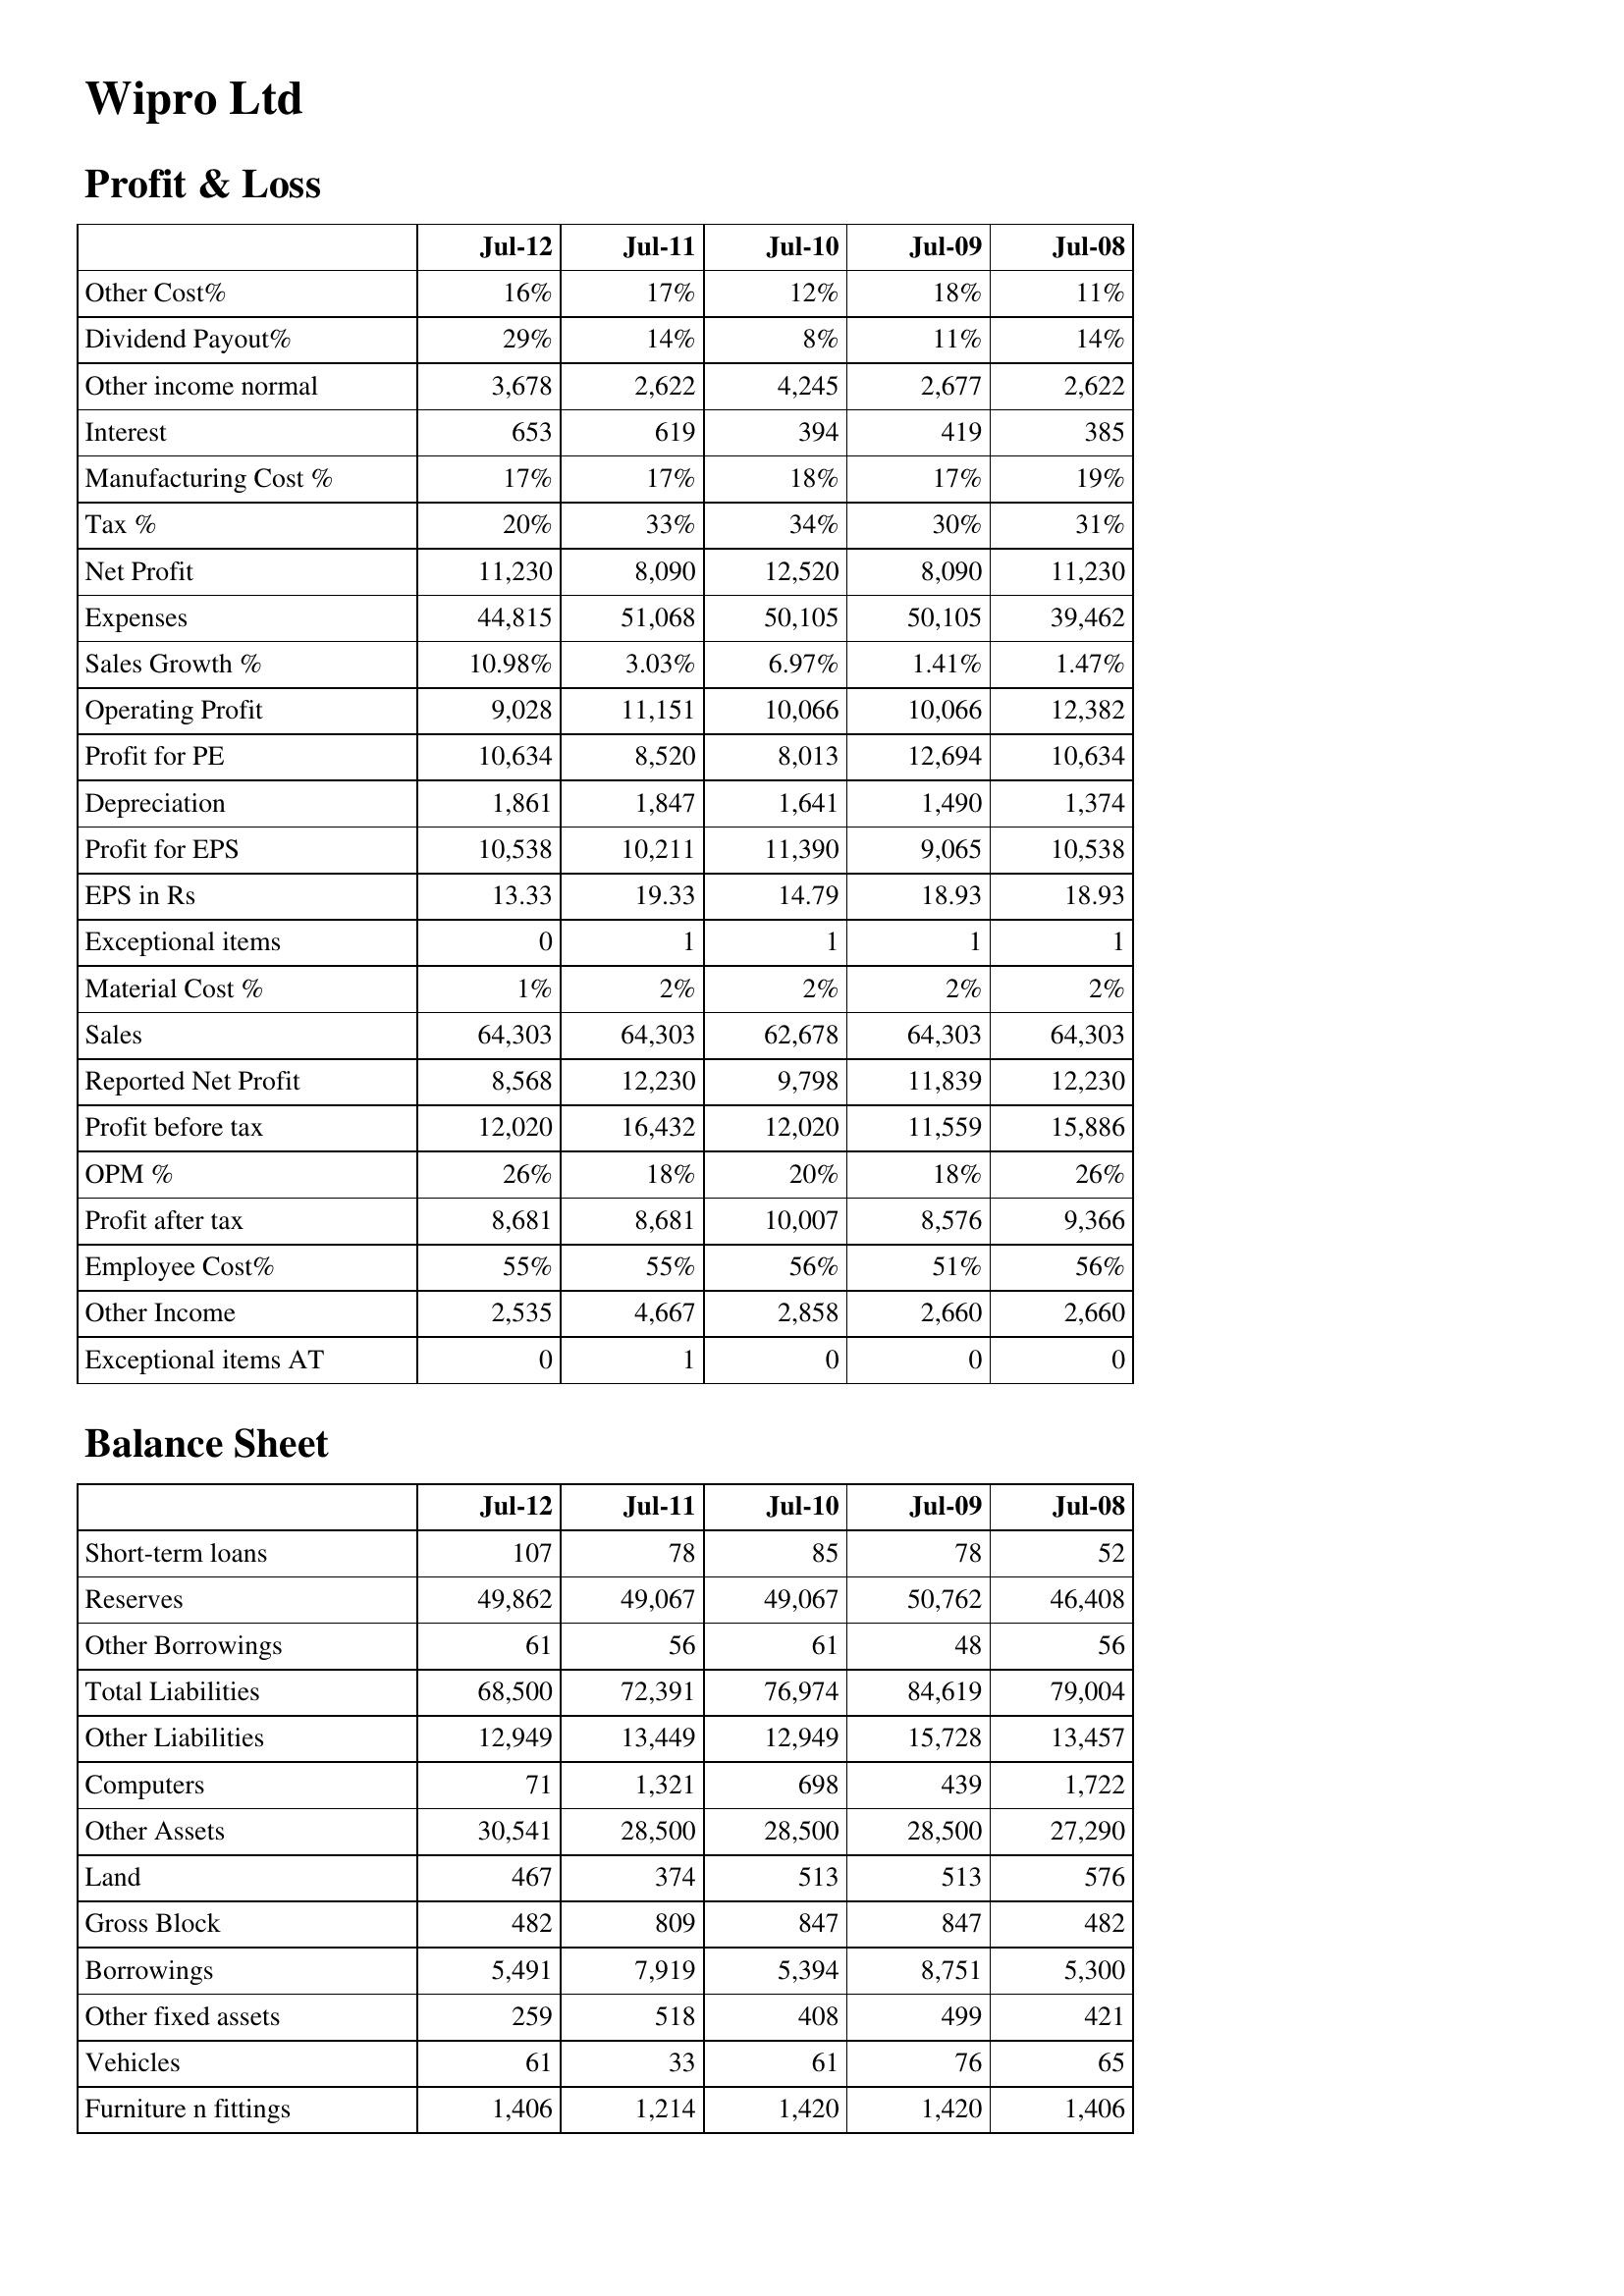
Jul-12: Profit & Loss: Other Cost%: 16%
Dividend Payout%: 29%
Other income normal: 3,678
Interest: 653
Manufacturing Cost %: 17%
Tax %: 20%
Net Profit: 11,230
Expenses: 44,815
Sales Growth %: 10.98%
Operating Profit: 9,028
Profit for PE: 10,634
Depreciation: 1,861
Profit for EPS: 10,538
EPS in Rs: 13.33
Exceptional items: 0
Material Cost %: 1%
Sales: 64,303
Reported Net Profit: 8,568
Profit before tax: 12,020
OPM %: 26%
Profit after tax: 8,681
Employee Cost%: 55%
Other Income: 2,535
Exceptional items AT: 0
Balance Sheet: Short-term loans: 107
Reserves: 49,862
Other Borrowings: 61
Total Liabilities: 68,500
Other Liabilities: 12,949
Computers: 71
Other Assets: 30,541
Land: 467
Gross Block: 482
Borrowings: 5,491
Other fixed assets: 259
Vehicles: 61
Furniture n fittings: 1,406
Jul-11: Profit & Loss: Other Cost%: 17%
Dividend Payout%: 14%
Other income normal: 2,622
Interest: 619
Manufacturing Cost %: 17%
Tax %: 33%
Net Profit: 8,090
Expenses: 51,068
Sales Growth %: 3.03%
Operating Profit: 11,151
Profit for PE: 8,520
Depreciation: 1,847
Profit for EPS: 10,211
EPS in Rs: 19.33
Exceptional items: 1
Material Cost %: 2%
Sales: 64,303
Reported Net Profit: 12,230
Profit before tax: 16,432
OPM %: 18%
Profit after tax: 8,681
Employee Cost%: 55%
Other Income: 4,667
Exceptional items AT: 1
Balance Sheet: Short-term loans: 78
Reserves: 49,067
Other Borrowings: 56
Total Liabilities: 72,391
Other Liabilities: 13,449
Computers: 1,321
Other Assets: 28,500
Land: 374
Gross Block: 809
Borrowings: 7,919
Other fixed assets: 518
Vehicles: 33
Furniture n fittings: 1,214
Jul-10: Profit & Loss: Other Cost%: 12%
Dividend Payout%: 8%
Other income normal: 4,245
Interest: 394
Manufacturing Cost %: 18%
Tax %: 34%
Net Profit: 12,520
Expenses: 50,105
Sales Growth %: 6.97%
Operating Profit: 10,066
Profit for PE: 8,013
Depreciation: 1,641
Profit for EPS: 11,390
EPS in Rs: 14.79
Exceptional items: 1
Material Cost %: 2%
Sales: 62,678
Reported Net Profit: 9,798
Profit before tax: 12,020
OPM %: 20%
Profit after tax: 10,007
Employee Cost%: 56%
Other Income: 2,858
Exceptional items AT: 0
Balance Sheet: Short-term loans: 85
Reserves: 49,067
Other Borrowings: 61
Total Liabilities: 76,974
Other Liabilities: 12,949
Computers: 698
Other Assets: 28,500
Land: 513
Gross Block: 847
Borrowings: 5,394
Other fixed assets: 408
Vehicles: 61
Furniture n fittings: 1,420
Jul-09: Profit & Loss: Other Cost%: 18%
Dividend Payout%: 11%
Other income normal: 2,677
Interest: 419
Manufacturing Cost %: 17%
Tax %: 30%
Net Profit: 8,090
Expenses: 50,105
Sales Growth %: 1.41%
Operating Profit: 10,066
Profit for PE: 12,694
Depreciation: 1,490
Profit for EPS: 9,065
EPS in Rs: 18.93
Exceptional items: 1
Material Cost %: 2%
Sales: 64,303
Reported Net Profit: 11,839
Profit before tax: 11,559
OPM %: 18%
Profit after tax: 8,576
Employee Cost%: 51%
Other Income: 2,660
Exceptional items AT: 0
Balance Sheet: Short-term loans: 78
Reserves: 50,762
Other Borrowings: 48
Total Liabilities: 84,619
Other Liabilities: 15,728
Computers: 439
Other Assets: 28,500
Land: 513
Gross Block: 847
Borrowings: 8,751
Other fixed assets: 499
Vehicles: 76
Furniture n fittings: 1,420
Jul-08: Profit & Loss: Other Cost%: 11%
Dividend Payout%: 14%
Other income normal: 2,622
Interest: 385
Manufacturing Cost %: 19%
Tax %: 31%
Net Profit: 11,230
Expenses: 39,462
Sales Growth %: 1.47%
Operating Profit: 12,382
Profit for PE: 10,634
Depreciation: 1,374
Profit for EPS: 10,538
EPS in Rs: 18.93
Exceptional items: 1
Material Cost %: 2%
Sales: 64,303
Reported Net Profit: 12,230
Profit before tax: 15,886
OPM %: 26%
Profit after tax: 9,366
Employee Cost%: 56%
Other Income: 2,660
Exceptional items AT: 0
Balance Sheet: Short-term loans: 52
Reserves: 46,408
Other Borrowings: 56
Total Liabilities: 79,004
Other Liabilities: 13,457
Computers: 1,722
Other Assets: 27,290
Land: 576
Gross Block: 482
Borrowings: 5,300
Other fixed assets: 421
Vehicles: 65
Furniture n fittings: 1,406